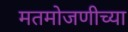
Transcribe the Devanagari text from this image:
मतमोजणीच्या